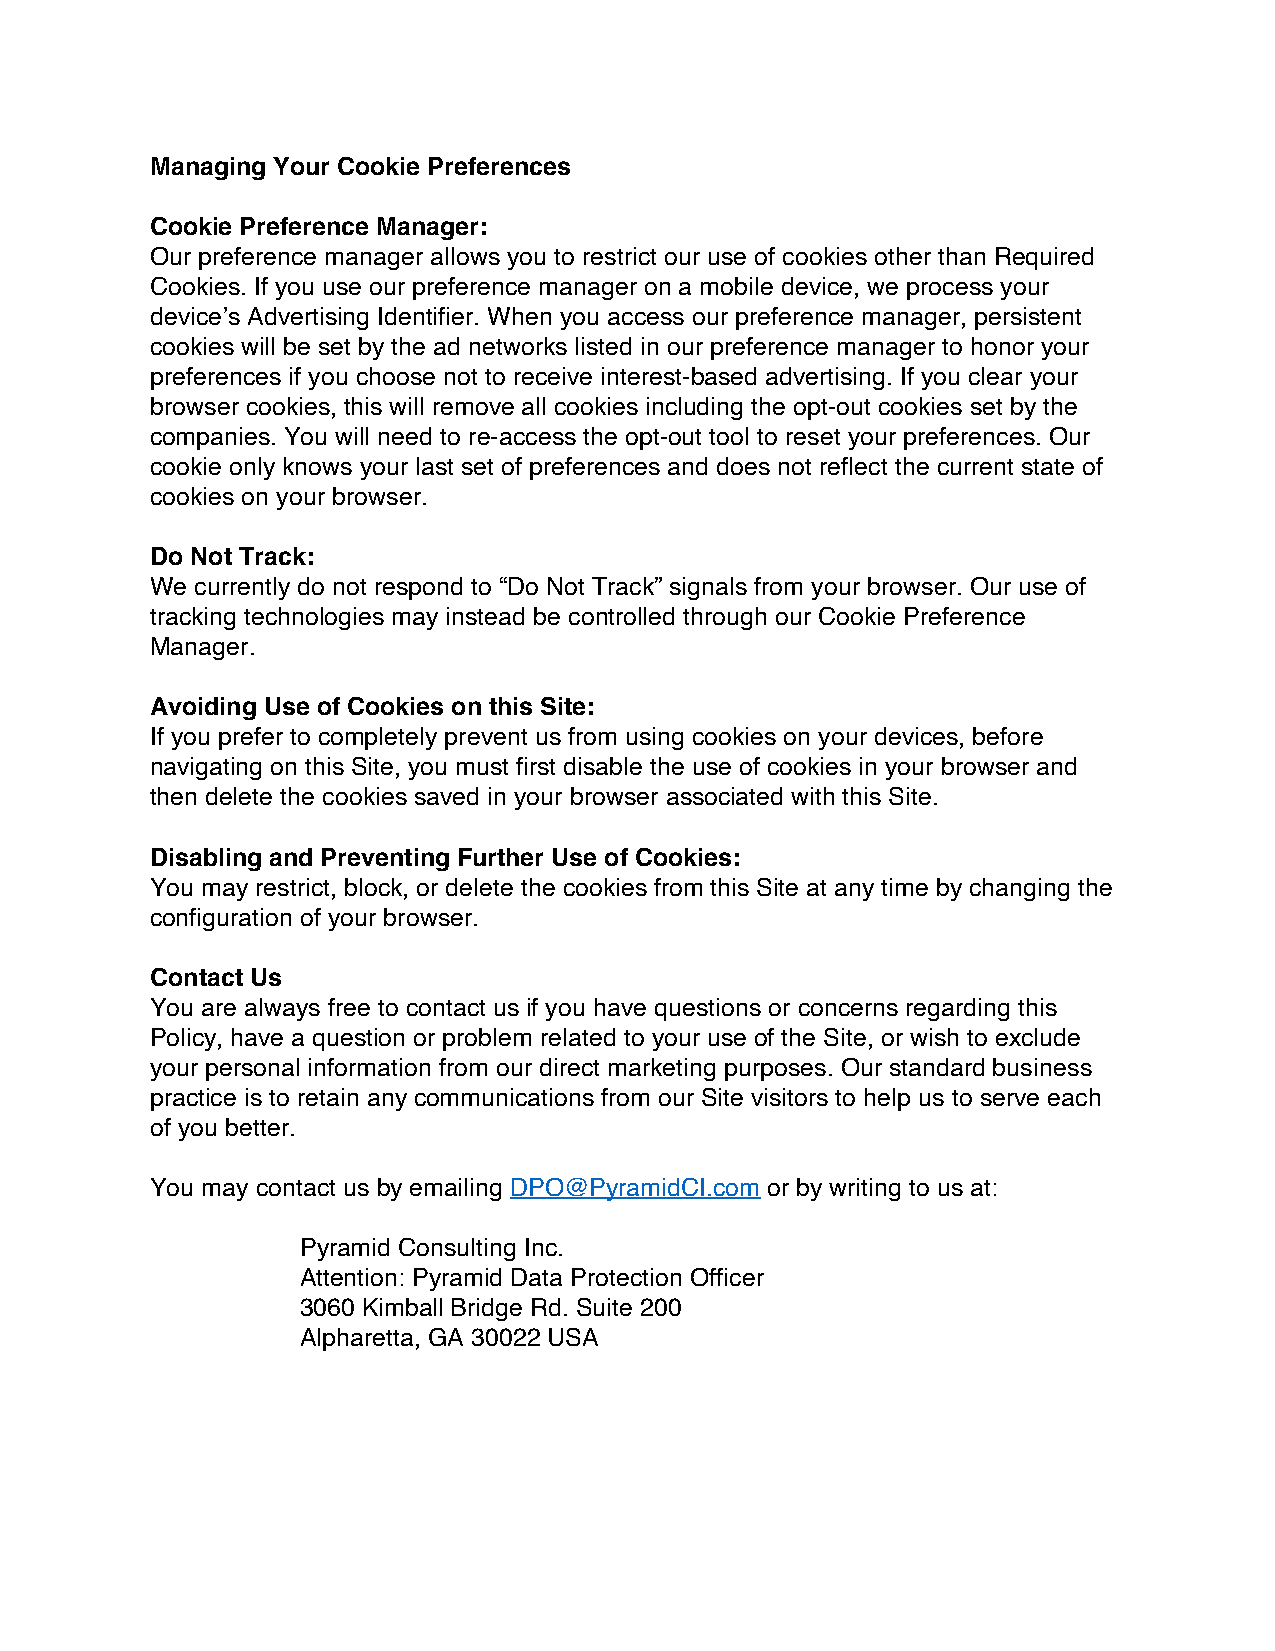
Managing Your Cookie Preferences
 Cookie Preference Manager:
 Our preference manager allows you to restrict our use of cookies other than Required
 Cookies. If you use our preference manager on a mobile device, we process your
 device’s Advertising Identifier. When you access our preference manager, persistent
 cookies will be set by the ad networks listed in our preference manager to honor your
 preferences if you choose not to receive interest-based advertising. If you clear your
 browser cookies, this will remove all cookies including the opt-out cookies set by the
 companies. You will need to re-access the opt-out tool to reset your preferences. Our
 cookie only knows your last set of preferences and does not reflect the current state of
 cookies on your browser.
 Do Not Track:
 We currently do not respond to “Do Not Track” signals from your browser. Our use of
 tracking technologies may instead be controlled through our Cookie Preference
 Manager.
 Avoiding Use of Cookies on this Site:
 If you prefer to completely prevent us from using cookies on your devices, before
 navigating on this Site, you must first disable the use of cookies in your browser and
 then delete the cookies saved in your browser associated with this Site.
 Disabling and Preventing Further Use of Cookies:
 You may restrict, block, or delete the cookies from this Site at any time by changing the
 configuration of your browser.
 Contact Us
 You are always free to contact us if you have questions or concerns regarding this
 Policy, have a question or problem related to your use of the Site, or wish to exclude
 your personal information from our direct marketing purposes. Our standard business
 practice is to retain any communications from our Site visitors to help us to serve each
 of you better.
 You may contact us by emailing DPO@PyramidCI.com or by writing to us at:
 Pyramid Consulting Inc.
 Attention: Pyramid Data Protection Officer
 3060 Kimball Bridge Rd. Suite 200
 Alpharetta, GA 30022 USA